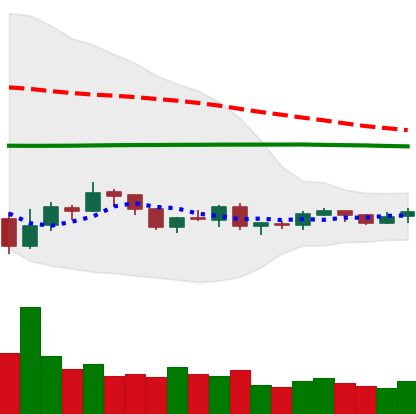
Ticker: XRP-USD
Chart end date: 2019-08-04
Forward return: -7.034%
Label: down_7plus